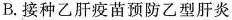
B.接种乙肝疫苗预防乙型肝炎